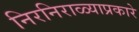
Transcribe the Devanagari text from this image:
निरनिराळ्याप्रकारे